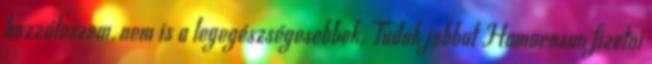
hozzáteszem, nem is a legegészségesebbek. Tudok jobbat Hamarosan fizetni